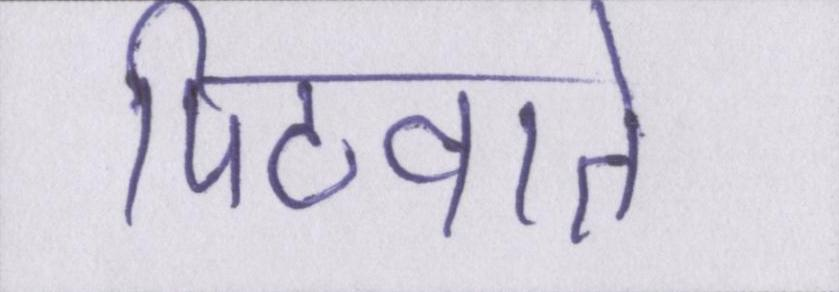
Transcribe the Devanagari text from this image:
पिटवाते